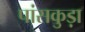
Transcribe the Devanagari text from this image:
पांसकुड़ा